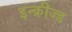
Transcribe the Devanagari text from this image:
इन्क्रीज्ड